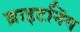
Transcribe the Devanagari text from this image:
ब्राइटनिंग